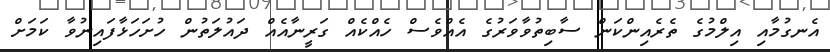
އެނގުމާއި އިލްމުގެ ތެރެއިންކަން ސާބިތުވާވަރުގެ އެއްވެސް ހެއްކެއް ގަރީނާއެއް ދައުލަތުން ހުށަހަޅާފައިނުވާ ކަމަށް